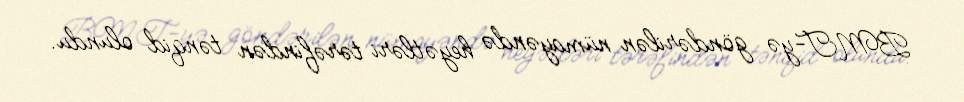
BMT-yə göndərilən nümayəndə heyətləri tərəfindən tənqid olundu.